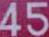
45